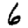
Digit: 6